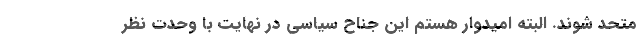
متحد شوند. البته امیدوار هستم این جناح سیاسی در نهایت با وحدت نظر